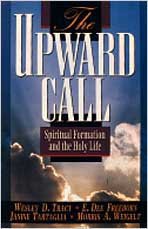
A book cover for The Upward Call: Spiritual Formation and the Holy Life; Wesley Tracy; Christian Books & Bibles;